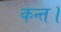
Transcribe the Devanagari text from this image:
कन्‍त।